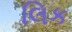
લિક